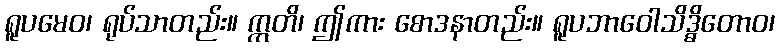
ရူပမေဝ၊ ရုပ်သာတည်း။ ဣတိ၊ ဤကား စောဒနာတည်း။ ရူပဘာဝေါသိဒ္ဓိတောဝ၊